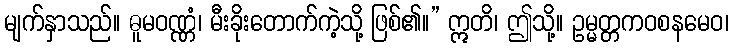
မျက်နှာသည်။ ဓူမဝဏ္ဏံ၊ မီးခိုးတောက်ကဲ့သို့ ဖြစ်၏။” ဣတိ၊ ဤသို့။ ဥမ္မတ္တကဝစနမေဝ၊